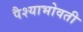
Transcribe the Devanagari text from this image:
पैश्याभोवती